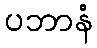
ပဘာနံ